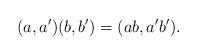
LaTeX: \begin{align*}(a, a')(b, b') = (ab, a'b').\end{align*}